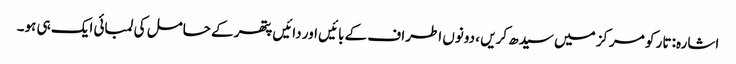
اشارہ: تار کو مرکز میں سیدھ کریں ، دونوں اطراف کے بائیں اور دائیں پتھر کے حامل کی لمبائی ایک ہی ہو۔